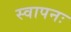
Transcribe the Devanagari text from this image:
स्वापनः